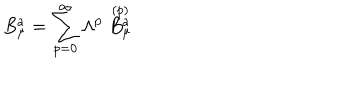
LaTeX: B _ { \mu } ^ { a } = \sum _ { p = 0 } ^ { \infty } \Lambda ^ { p } \stackrel { ( p ) } { B _ { \mu } ^ { a } }